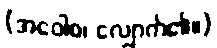
(အဝေါစ၊ လျှောက်၏။)